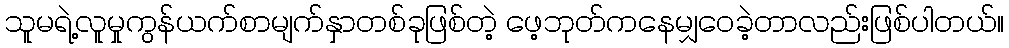
သူမရဲ့လူမှုကွန်ယက်စာမျက်နှာတစ်ခုဖြစ်တဲ့ ဖေ့ဘုတ်ကနေမျှဝေခဲ့တာလည်းဖြစ်ပါတယ်။